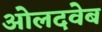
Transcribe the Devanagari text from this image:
ओलदवेब